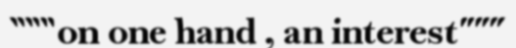
"""on one hand , an interest"""